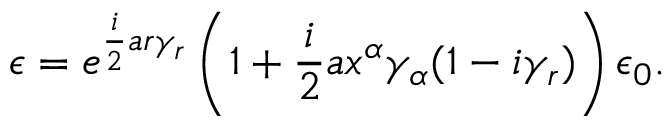
\epsilon = e ^ { \frac { i } { 2 } a r \gamma _ { r } } \left( 1 + \frac { i } { 2 } a x ^ { \alpha } \gamma _ { \alpha } ( 1 - i \gamma _ { r } ) \right) \epsilon _ { 0 } .